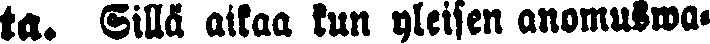
ta. Sillä aikaa kun yleisen anomuswa-